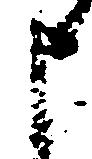
申